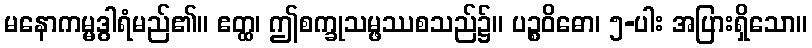
မနောကမ္မဒွါရံမည်၏။ ဧတ္ထ၊ ဤစက္ခုသမ္ဖဿစသည်၌။ ပဉ္စဝိဓော၊ ၅-ပါး အပြားရှိသော။